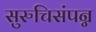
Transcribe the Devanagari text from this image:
सुरुचिसंपन्न